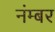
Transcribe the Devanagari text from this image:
नंम्बर